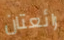
رائعتان